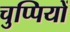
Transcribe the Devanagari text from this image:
चुप्पियों